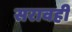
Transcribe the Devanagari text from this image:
सरावही